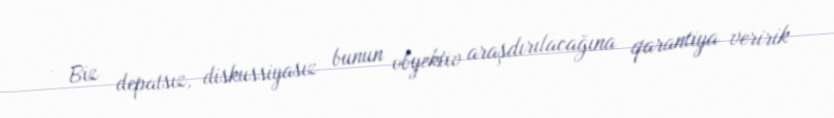
- Biz depatsız, diskussiyasız bunun obyektiv araşdırılacağına qarantiya veririk